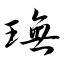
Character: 璑